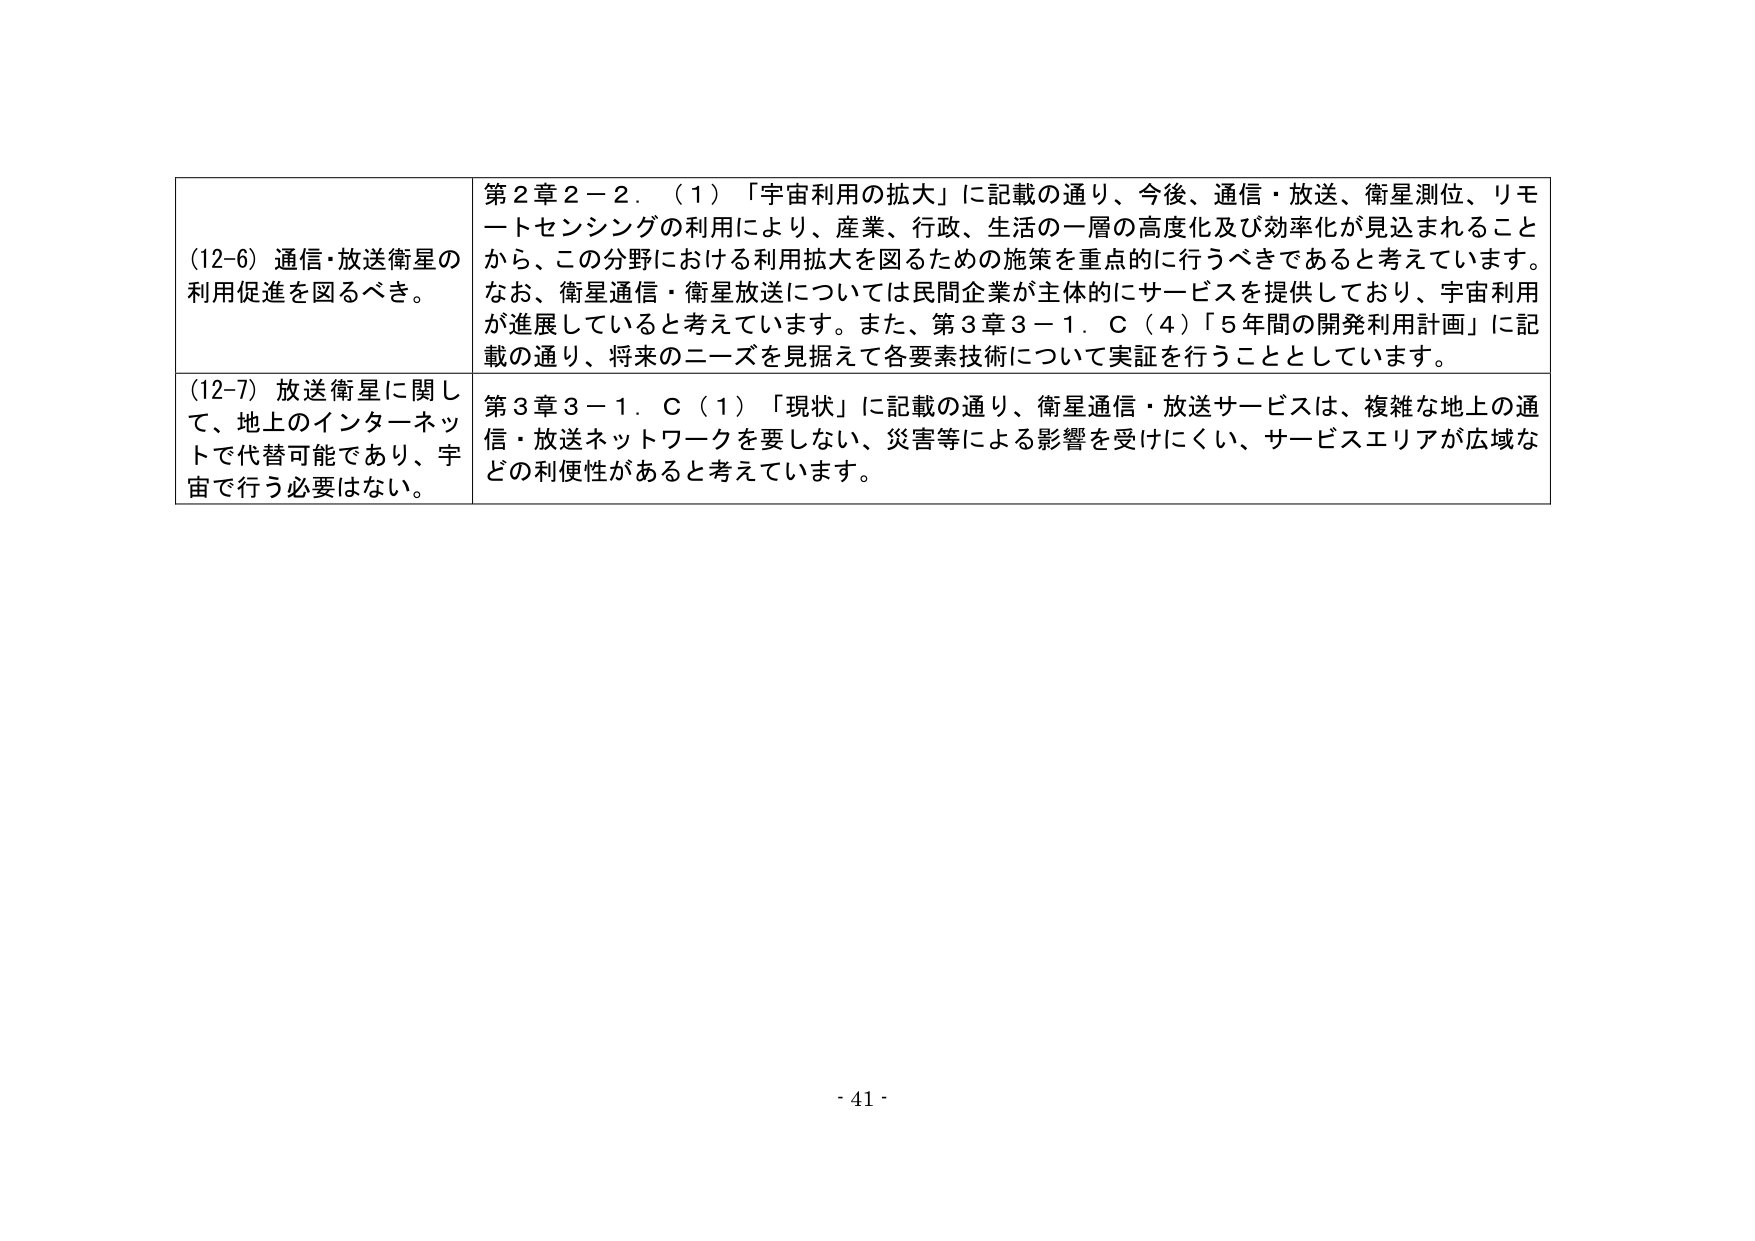
(12-6) 通信・放送衛星の利用促進を図るべき。

第２章２－２．（１）「宇宙利用の拡大」に記載の通り、今後、通信・放送、衛星測位、リモートセンシングの利用により、産業、行政、生活の一層の高度化及び効率化が見込まれることから、この分野における利用拡大を図るための施策を重点的に行うべきであると考えています。なお、衛星通信・衛星放送については民間企業が主体的にサービスを提供しており、宇宙利用が進展していると考えています。また、第３章３－１．Ｃ（４）「５年間の開発利用計画」に記載の通り、将来のニーズを見据えて各要素技術について実証を行うこととしています。

(12-7) 放送衛星に関して、地上のインターネットで代替可能であり、宇宙で行う必要はない。

第３章３－１．Ｃ（１）「現状」に記載の通り、衛星通信・放送サービスは、複雑な地上の通信・放送ネットワークを要しない、災害等による影響を受けにくい、サービスエリアが広域などの利便性があると考えています。

- 41 -